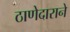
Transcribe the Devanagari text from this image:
ठाणेदाराने